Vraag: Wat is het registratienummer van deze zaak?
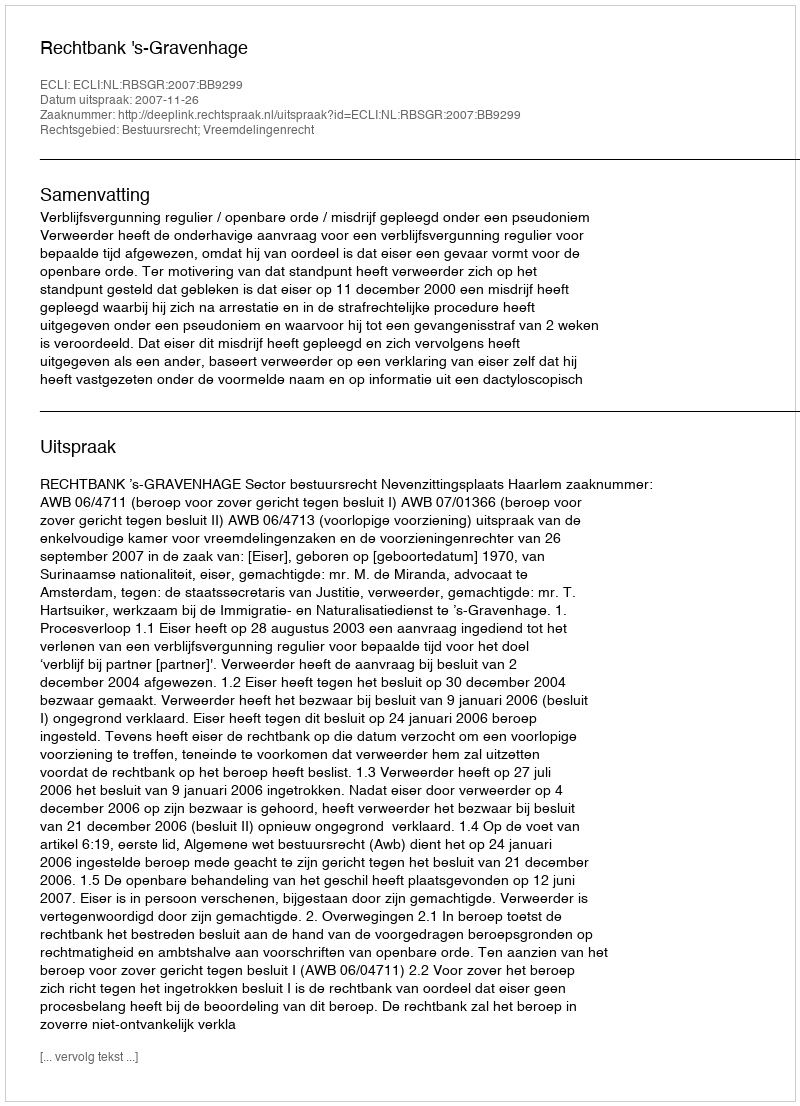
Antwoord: http://deeplink.rechtspraak.nl/uitspraak?id=ECLI:NL:RBSGR:2007:BB9299